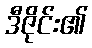
ဒီဇိုင်း၏